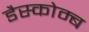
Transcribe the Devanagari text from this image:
डैस्कोम्ब